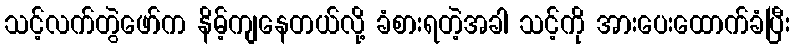
သင့်လက်တွဲဖော်က နိမ့်ကျနေတယ်လို့ ခံစားရတဲ့အခါ သင့်ကို အားပေးထောက်ခံပြီး